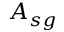
A _ { s g }